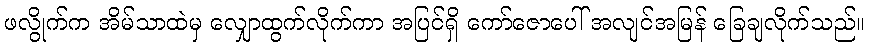
ဖလွိုက်က အိမ်သာထဲမှ လျှောထွက်လိုက်ကာ အပြင်ရှိ ကော်ဇောပေါ် အလျင်အမြန် ခြေချလိုက်သည်။